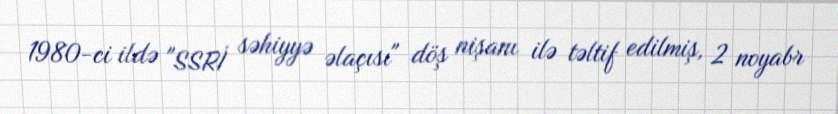
1980-ci ildə "SSRİ səhiyyə əlaçısı" döş nişanı ilə təltif edilmiş, 2 noyabr